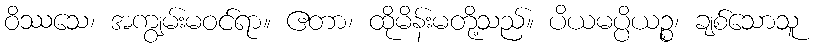
ဝိဿသေ၊ အကျွမ်းမဝင်ရာ။ ဧတာ၊ ထိုမိန်းမတို့သည်။ ပိယမပ္ပိယဉ္စ၊ ချစ်သောသူ